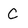
Character: C